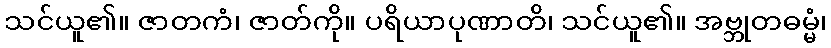
သင်ယူ၏။ ဇာတကံ၊ ဇာတ်ကို။ ပရိယာပုဏာတိ၊ သင်ယူ၏။ အဗ္ဘုတဓမ္မံ၊